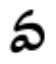
వ